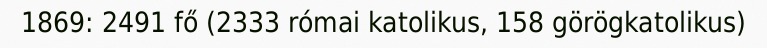
1869: 2491 fő (2333 római katolikus, 158 görögkatolikus)